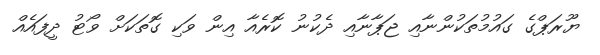
ޔޫރަޕްގެ ގައުމުތަކުންނާއި ޖަޕާނާއި ދެކުނު ކޮރެއާ އިން ވަކި ގޮތަކަށް ވޯޓު ދީފައެއް